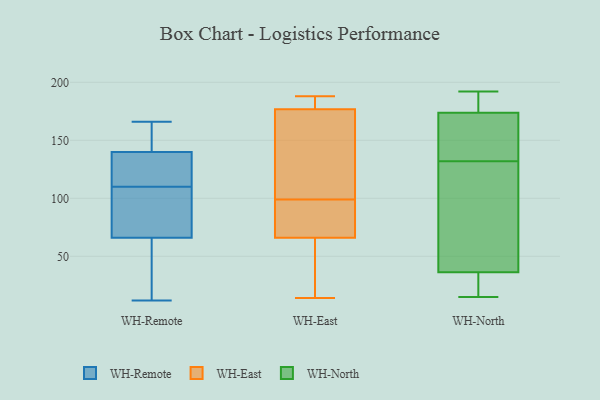
{"axis": {"x": "Bounce Rate (%)", "y": "Value"}, "legend": ["WH-East", "WH-North", "WH-Remote"], "data": [{"x": "", "y": 66, "type": "WH-Remote"}, {"x": "", "y": 154, "type": "WH-Remote"}, {"x": "", "y": 152, "type": "WH-Remote"}, {"x": "", "y": 140, "type": "WH-Remote"}, {"x": "", "y": 12, "type": "WH-Remote"}, {"x": "", "y": 50, "type": "WH-Remote"}, {"x": "", "y": 116, "type": "WH-Remote"}, {"x": "", "y": 74, "type": "WH-Remote"}, {"x": "", "y": 14, "type": "WH-Remote"}, {"x": "", "y": 166, "type": "WH-Remote"}, {"x": "", "y": 104, "type": "WH-Remote"}, {"x": "", "y": 73, "type": "WH-Remote"}, {"x": "", "y": 125, "type": "WH-Remote"}, {"x": "", "y": 117, "type": "WH-Remote"}, {"x": "", "y": 108, "type": "WH-East"}, {"x": "", "y": 185, "type": "WH-East"}, {"x": "", "y": 99, "type": "WH-East"}, {"x": "", "y": 14, "type": "WH-East"}, {"x": "", "y": 186, "type": "WH-East"}, {"x": "", "y": 75, "type": "WH-East"}, {"x": "", "y": 188, "type": "WH-East"}, {"x": "", "y": 55, "type": "WH-East"}, {"x": "", "y": 177, "type": "WH-East"}, {"x": "", "y": 176, "type": "WH-East"}, {"x": "", "y": 120, "type": "WH-East"}, {"x": "", "y": 47, "type": "WH-East"}, {"x": "", "y": 77, "type": "WH-East"}, {"x": "", "y": 63, "type": "WH-East"}, {"x": "", "y": 96, "type": "WH-East"}, {"x": "", "y": 35, "type": "WH-North"}, {"x": "", "y": 192, "type": "WH-North"}, {"x": "", "y": 170, "type": "WH-North"}, {"x": "", "y": 178, "type": "WH-North"}, {"x": "", "y": 25, "type": "WH-North"}, {"x": "", "y": 143, "type": "WH-North"}, {"x": "", "y": 132, "type": "WH-North"}, {"x": "", "y": 96, "type": "WH-North"}, {"x": "", "y": 175, "type": "WH-North"}, {"x": "", "y": 15, "type": "WH-North"}, {"x": "", "y": 40, "type": "WH-North"}]}